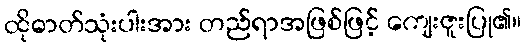
ထိုဓာတ်သုံးပါးအား တည်ရာအဖြစ်ဖြင့် ကျေးဇူးပြု၏။